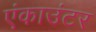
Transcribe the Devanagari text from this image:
एंकाउंटर